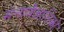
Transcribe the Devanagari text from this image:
मनावैज्ञानिकों